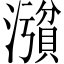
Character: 𪷪